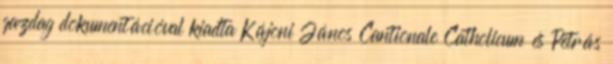
gazdag dokumentációval kiadta Kájoni János Cantionale Catholicum és Petrás